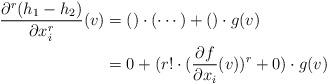
LaTeX: \begin{align*}\frac{\partial^r(h_1-h_2)}{\partial x_i^r}(v) &=()\cdot (\cdots)+()\cdot g(v) \\&=0+(r!\cdot (\frac{\partial f}{\partial x_i}(v))^r+0)\cdot g(v)\end{align*}